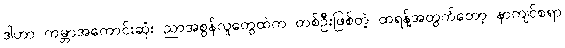
ဒါဟာ ကမ္ဘာအကောင်းဆုံး ညာအစွန်လူတွေထဲက တစ်ဦးဖြစ်တဲ့ ထရန့်အတွက်တော့ နာကျင်စရာ